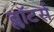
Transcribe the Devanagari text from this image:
ब्लॉटर्स